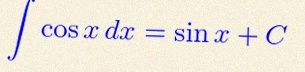
\int \cos x\,dx=\sin x+C